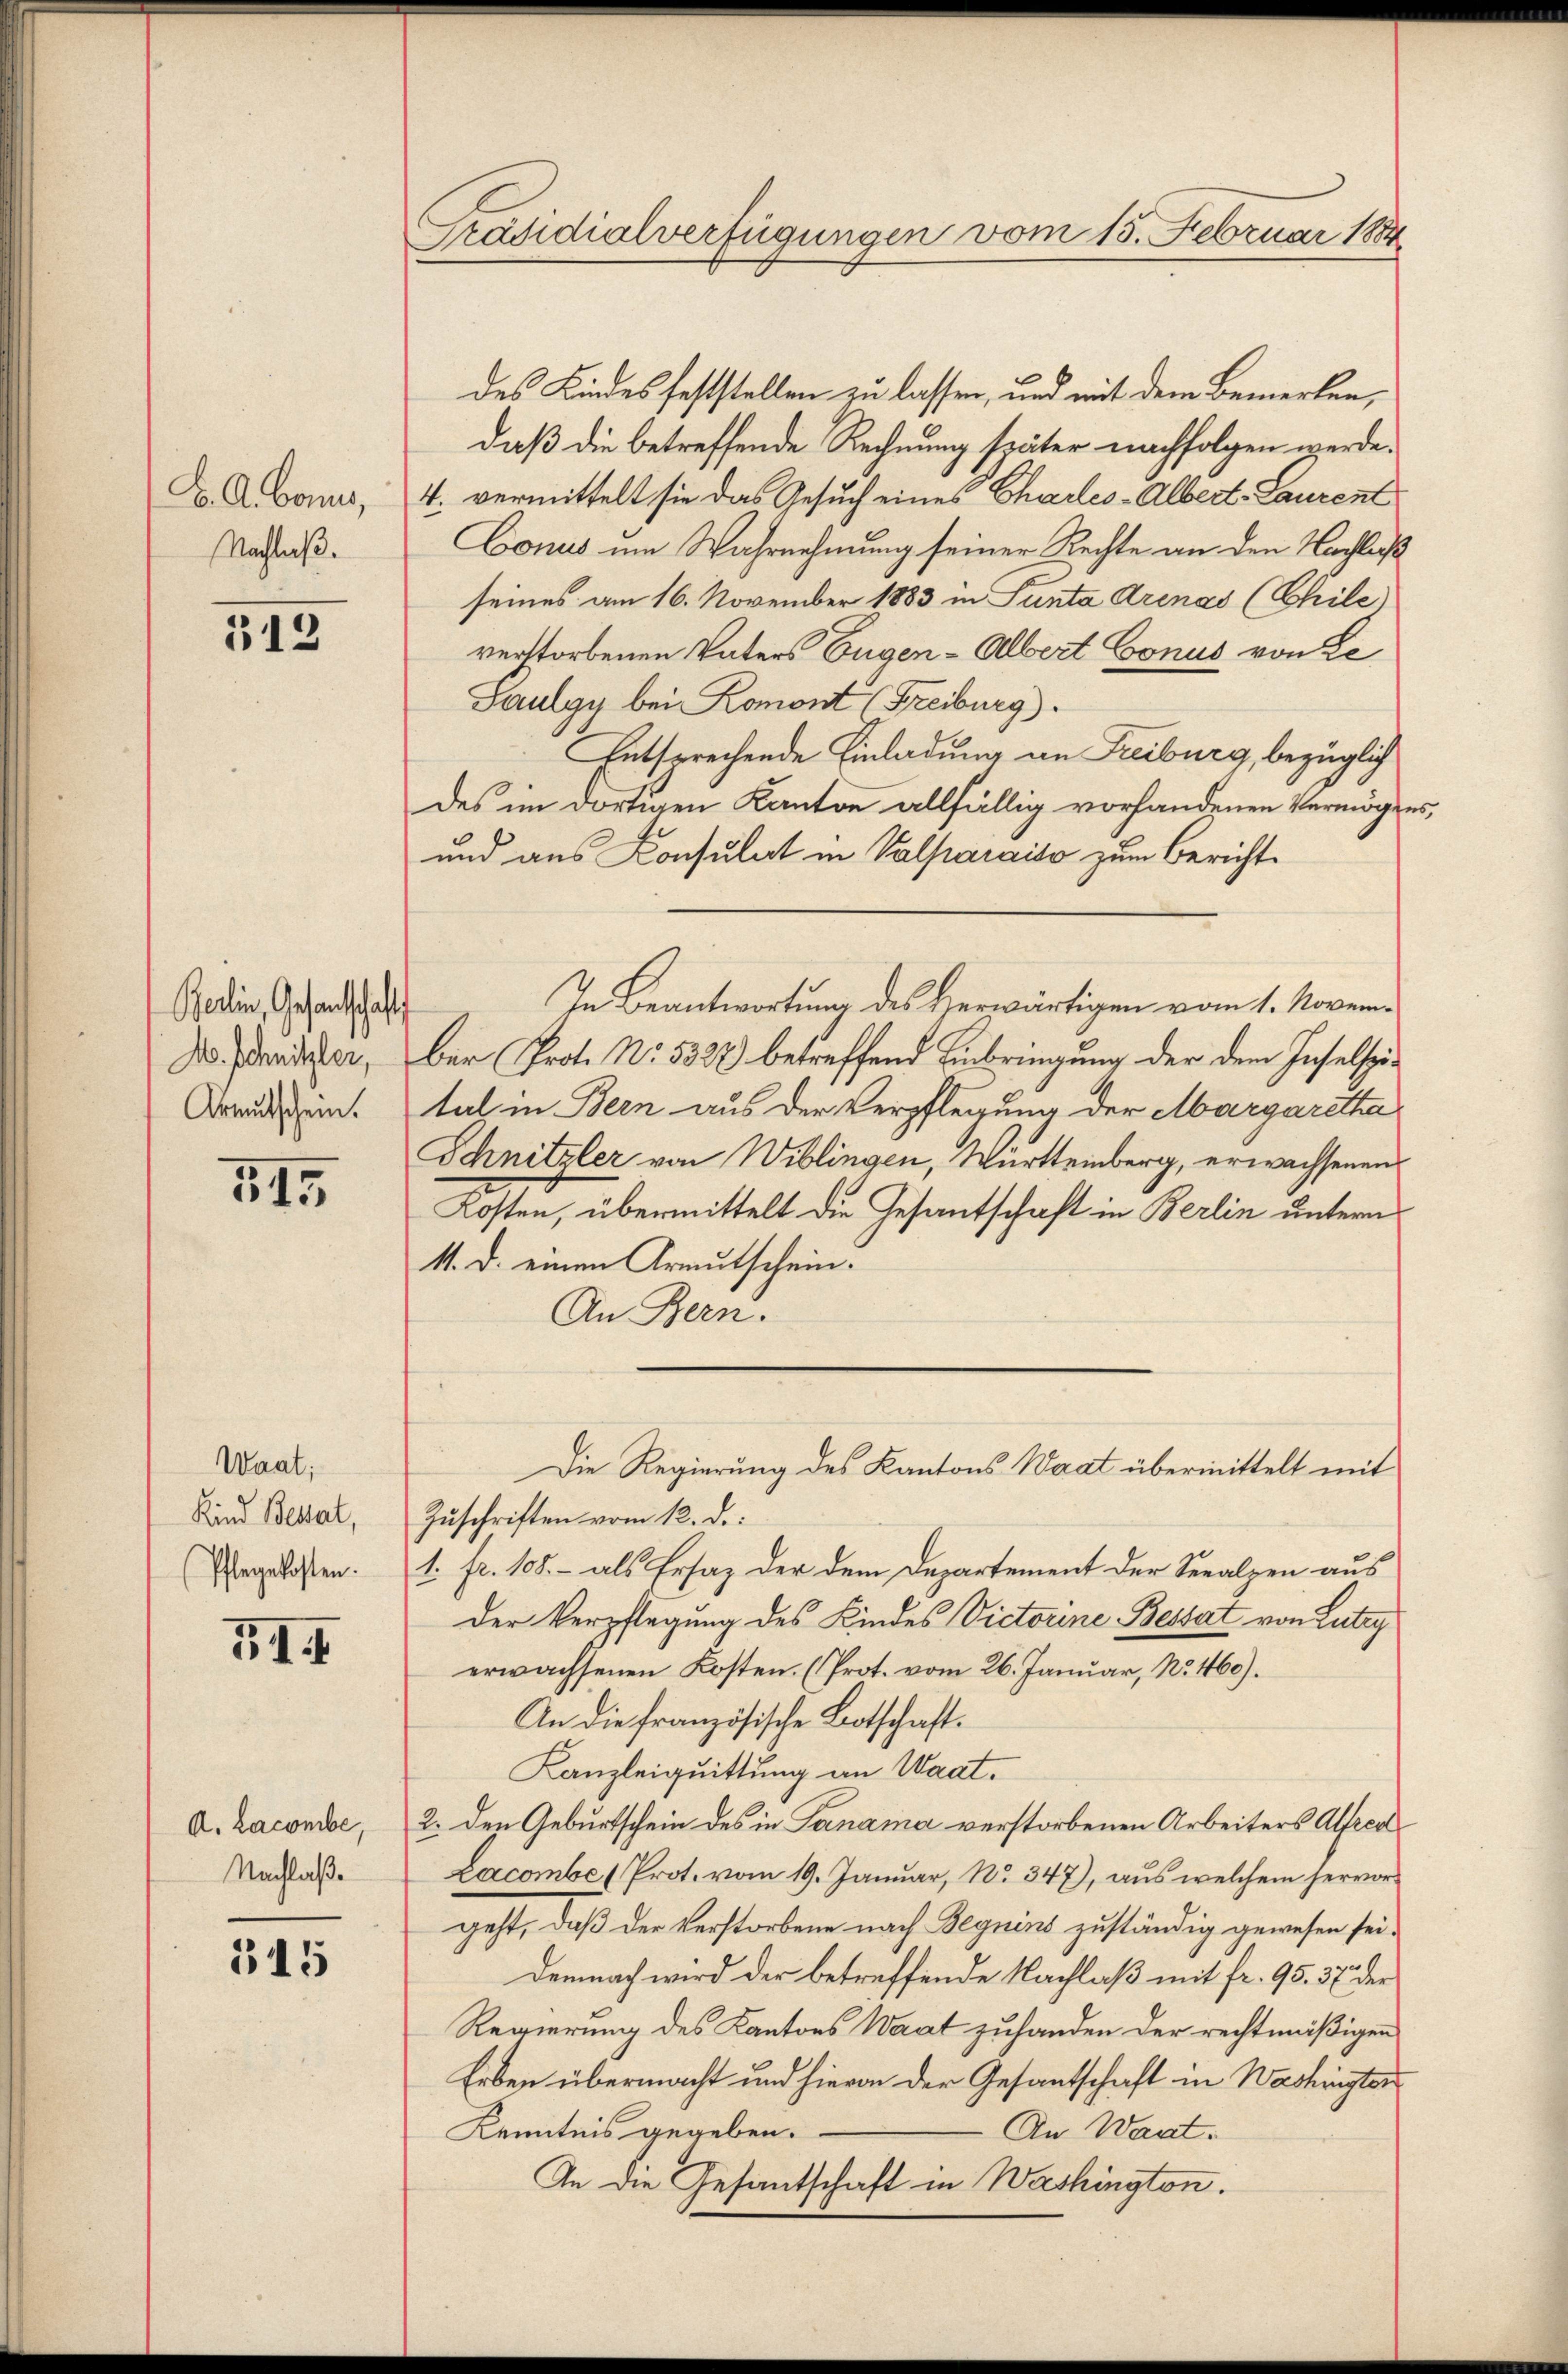
B. A. Bonus,
Nachlaß.

112

Berlin, Gesandtschaft
M. Schnitzler,
Krautschein.

215

Waat;
Kind Besat,
Pflegekosten.

5II

A. Lacombe,
Nachlaße

515

Präsidialverfügungen vom 15. Februar 1884

des Kindes feststellen zu lassen, und mit dem Bemerken,
daß die betreffende Rechnung später nachfolgen werde.
4. vermittelt sie das Gesuch eines Charles-Albert- Laurent
Conus im Wahrnehmung seiner Rechte an den Nachlaß
seines am 16. November 1883 in Sunta Arenas (Chile
verstorbenen Vaters Eugen-Albert Conus von Le
Saulgy bei Romont (Freiburg).
Entsprechende Einladung an Freiburg, bezüglich
des im dortigen Kanton allfällig vorhandenen Vermögens
und aus Consulat in Valparaiso zum Bericht¬
In Beantwortung des Herwärtigen vom 1. November Prot. No. 5328) betreffend Einbringung der dem Inselspital in Bern aus der Verpflegung der Margaretha
Schnitzler von Wiblingen, Württemberg, erwachsenen
Kosten, übermittelt die Gesantschaft in Berlin untern
11. d. einen Armutschein.
An Bern.
Die Regierung des Kantons Waat übermittelt mit
Zuschriften vom 12. d.
1. fr. 108. - als Ersaz der dem Departement der Seealzen aus
der Verpflegung des Kindes Victorene Bestat von Lutry
erwachsenen Kosten. (Prot. vom 26. Januar, No. 460).
An die französische Botschaft.
Kanzleiquittung an Waat.
2. Den Geburtschein des in Panama verstorbenen Arbeiters Alfred
Lacombe (Prot. vom 19. Januar, No. 347), aus welchem hervorgeht, daß der Verstorbene nach Beguins zuständig gewesen sei.
Demnach wird der betreffende Nachlaß mit fr. 95. 37 der
Regierung des Kantons Waat zuhanden der rechtmäßigen
Erben übermacht und hievon der Gesantschaft in Washingter
Kenntnis gegeben.
An Waat.
An die Gesantschaft in Washington.